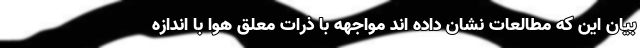
بیان این که مطالعات نشان داده اند مواجهه با ذرات معلق هوا با اندازه